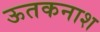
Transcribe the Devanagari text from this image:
ऊतकनाश